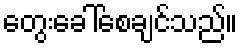
တွေးခေါ်စေချင်သည်။